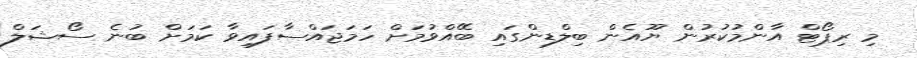
މި ރިޕޯޓް އާންމުކުރުން ޔޫއެން ބިލްޑިންގައި ބޭއްވުމަށް ހަމަޖައްސާފައިވާ ކަމަށް ބުނެ ސޯޝަލް